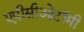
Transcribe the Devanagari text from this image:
एपीसीओटॉमी